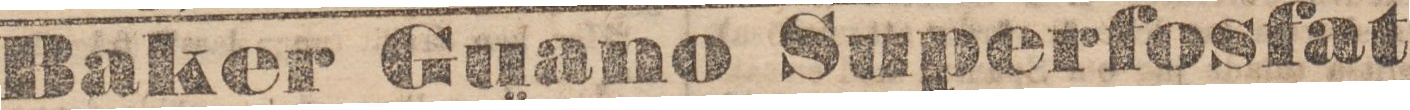
Baker Guano Superfosfat